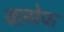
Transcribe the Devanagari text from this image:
वासेफ